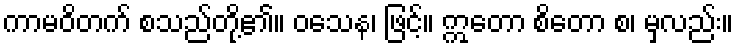
ကာမဝိတက် စသည်တို့၏။ ဝသေန၊ ဖြင့်။ ဣတော စိတော စ၊ မှလည်း။